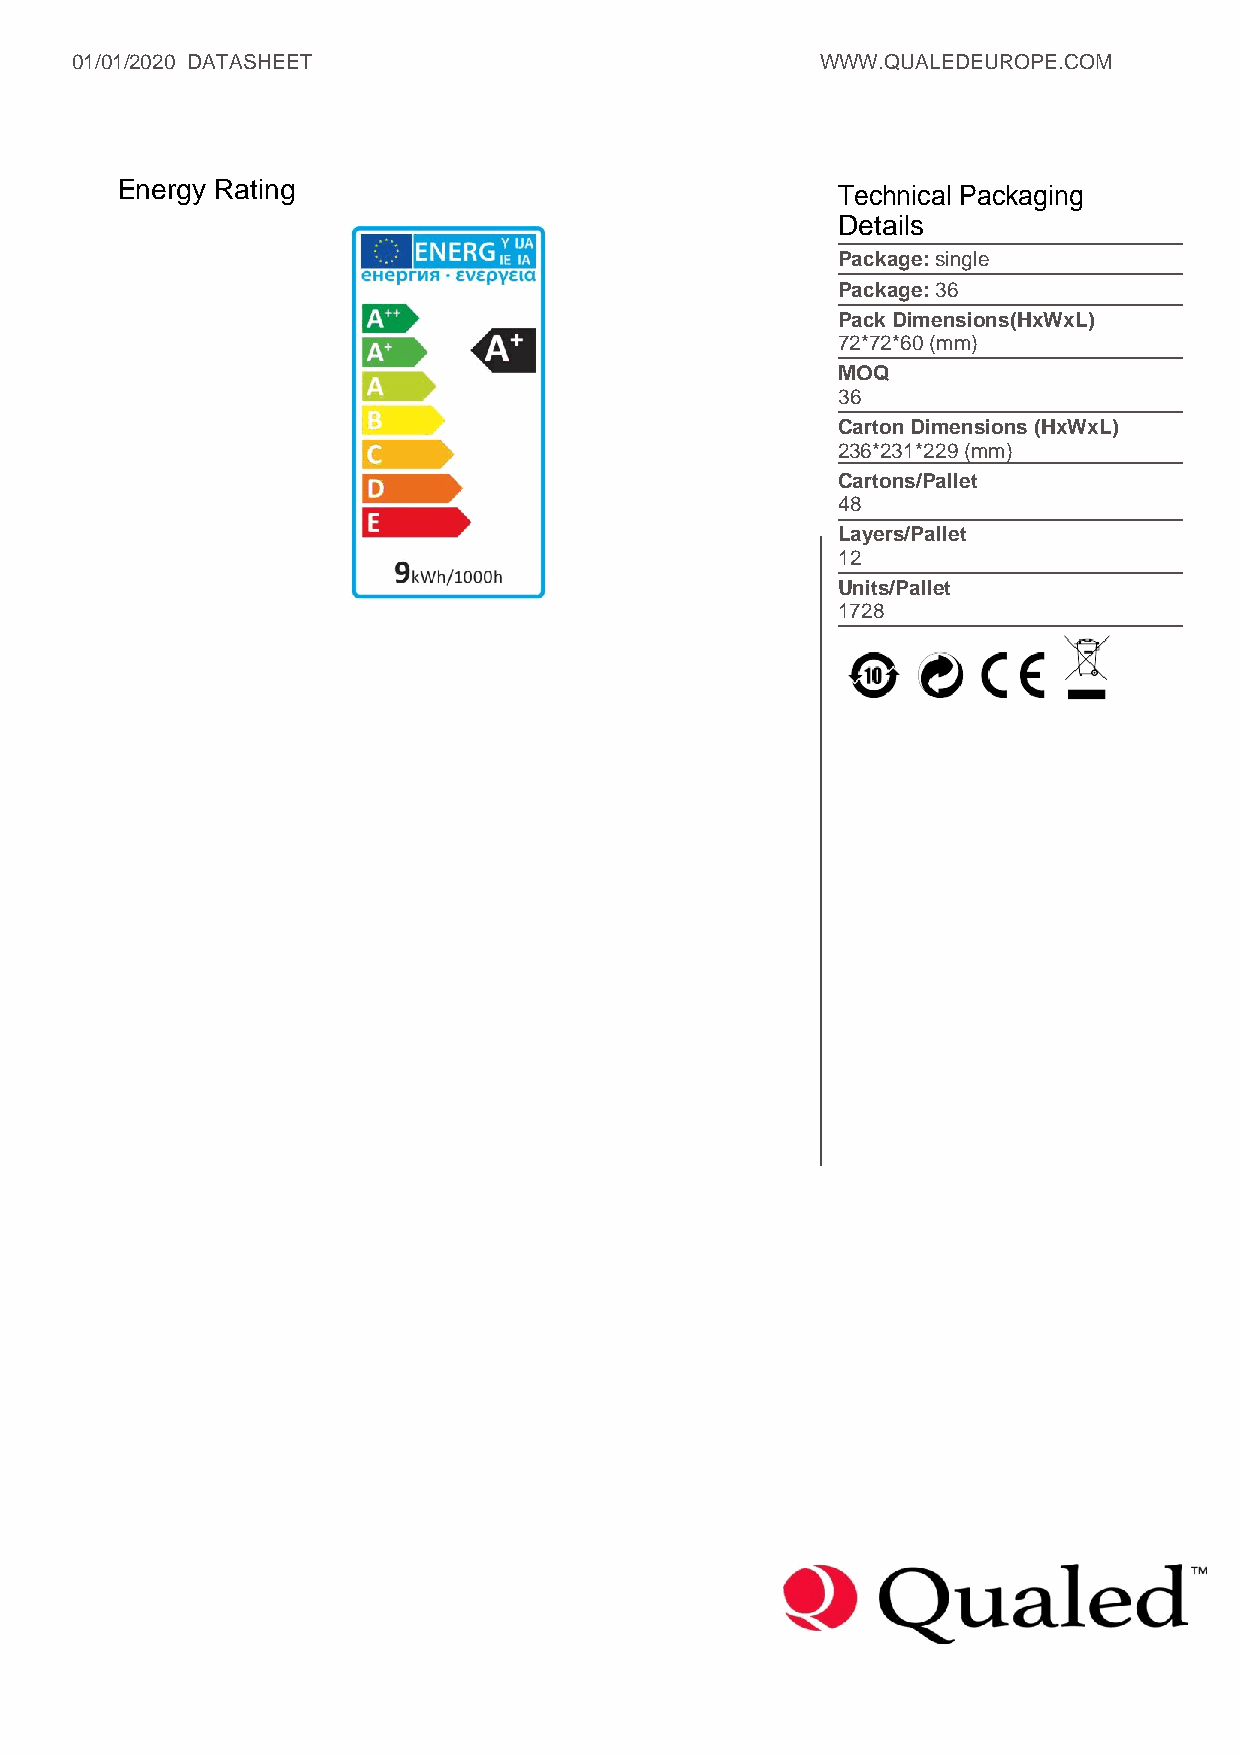
01/01/2020 DATASHEET                             WWW.QUALEDEUROPE.COM
 Energy Rating                                  Technical Packaging
 Details
 Package: single
 Package: 36
 Pack Dimensions(HxWxL)
 72*72*60 (mm)
 MOQ
 36
 Carton Dimensions (HxWxL)
 236*231*229 (mm)
 Cartons/Pallet
 48
 Layers/Pallet
 12
 Units/Pallet
 1728